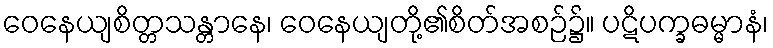
ဝေနေယျစိတ္တသန္တာနေ၊ ဝေနေယျတို့၏စိတ်အစဉ်၌။ ပဋိပက္ခဓမ္မာနံ၊